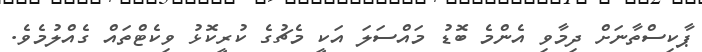
ޕާކިސްތާނަށް ދިމާވި އެންމެ ބޮޑު މައްސަލަ އަކީ މެޗުގެ ކުރީކޮޅު ވިކެޓްތައް ގެއްލުމެވެ.